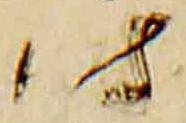
時